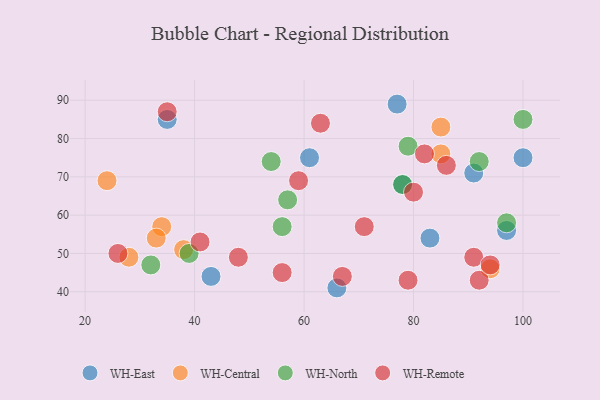
{"axis": {"x": "GDP", "y": "Life Expectancy"}, "legend": ["WH-Central", "WH-East", "WH-North", "WH-Remote"], "data": [{"x": "100", "y": 75, "type": "WH-East"}, {"x": "91", "y": 71, "type": "WH-East"}, {"x": "61", "y": 75, "type": "WH-East"}, {"x": "35", "y": 85, "type": "WH-East"}, {"x": "77", "y": 89, "type": "WH-East"}, {"x": "66", "y": 41, "type": "WH-East"}, {"x": "83", "y": 54, "type": "WH-East"}, {"x": "97", "y": 56, "type": "WH-East"}, {"x": "78", "y": 68, "type": "WH-East"}, {"x": "43", "y": 44, "type": "WH-East"}, {"x": "34", "y": 57, "type": "WH-Central"}, {"x": "85", "y": 76, "type": "WH-Central"}, {"x": "28", "y": 49, "type": "WH-Central"}, {"x": "24", "y": 69, "type": "WH-Central"}, {"x": "85", "y": 83, "type": "WH-Central"}, {"x": "94", "y": 46, "type": "WH-Central"}, {"x": "33", "y": 54, "type": "WH-Central"}, {"x": "38", "y": 51, "type": "WH-Central"}, {"x": "97", "y": 58, "type": "WH-North"}, {"x": "57", "y": 64, "type": "WH-North"}, {"x": "32", "y": 47, "type": "WH-North"}, {"x": "56", "y": 57, "type": "WH-North"}, {"x": "92", "y": 74, "type": "WH-North"}, {"x": "78", "y": 68, "type": "WH-North"}, {"x": "54", "y": 74, "type": "WH-North"}, {"x": "79", "y": 78, "type": "WH-North"}, {"x": "100", "y": 85, "type": "WH-North"}, {"x": "39", "y": 50, "type": "WH-North"}, {"x": "79", "y": 43, "type": "WH-Remote"}, {"x": "86", "y": 73, "type": "WH-Remote"}, {"x": "41", "y": 53, "type": "WH-Remote"}, {"x": "59", "y": 69, "type": "WH-Remote"}, {"x": "56", "y": 45, "type": "WH-Remote"}, {"x": "48", "y": 49, "type": "WH-Remote"}, {"x": "63", "y": 84, "type": "WH-Remote"}, {"x": "35", "y": 87, "type": "WH-Remote"}, {"x": "26", "y": 50, "type": "WH-Remote"}, {"x": "71", "y": 57, "type": "WH-Remote"}, {"x": "82", "y": 76, "type": "WH-Remote"}, {"x": "92", "y": 43, "type": "WH-Remote"}, {"x": "80", "y": 66, "type": "WH-Remote"}, {"x": "67", "y": 44, "type": "WH-Remote"}, {"x": "91", "y": 49, "type": "WH-Remote"}, {"x": "94", "y": 47, "type": "WH-Remote"}]}